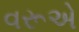
વરૂએ